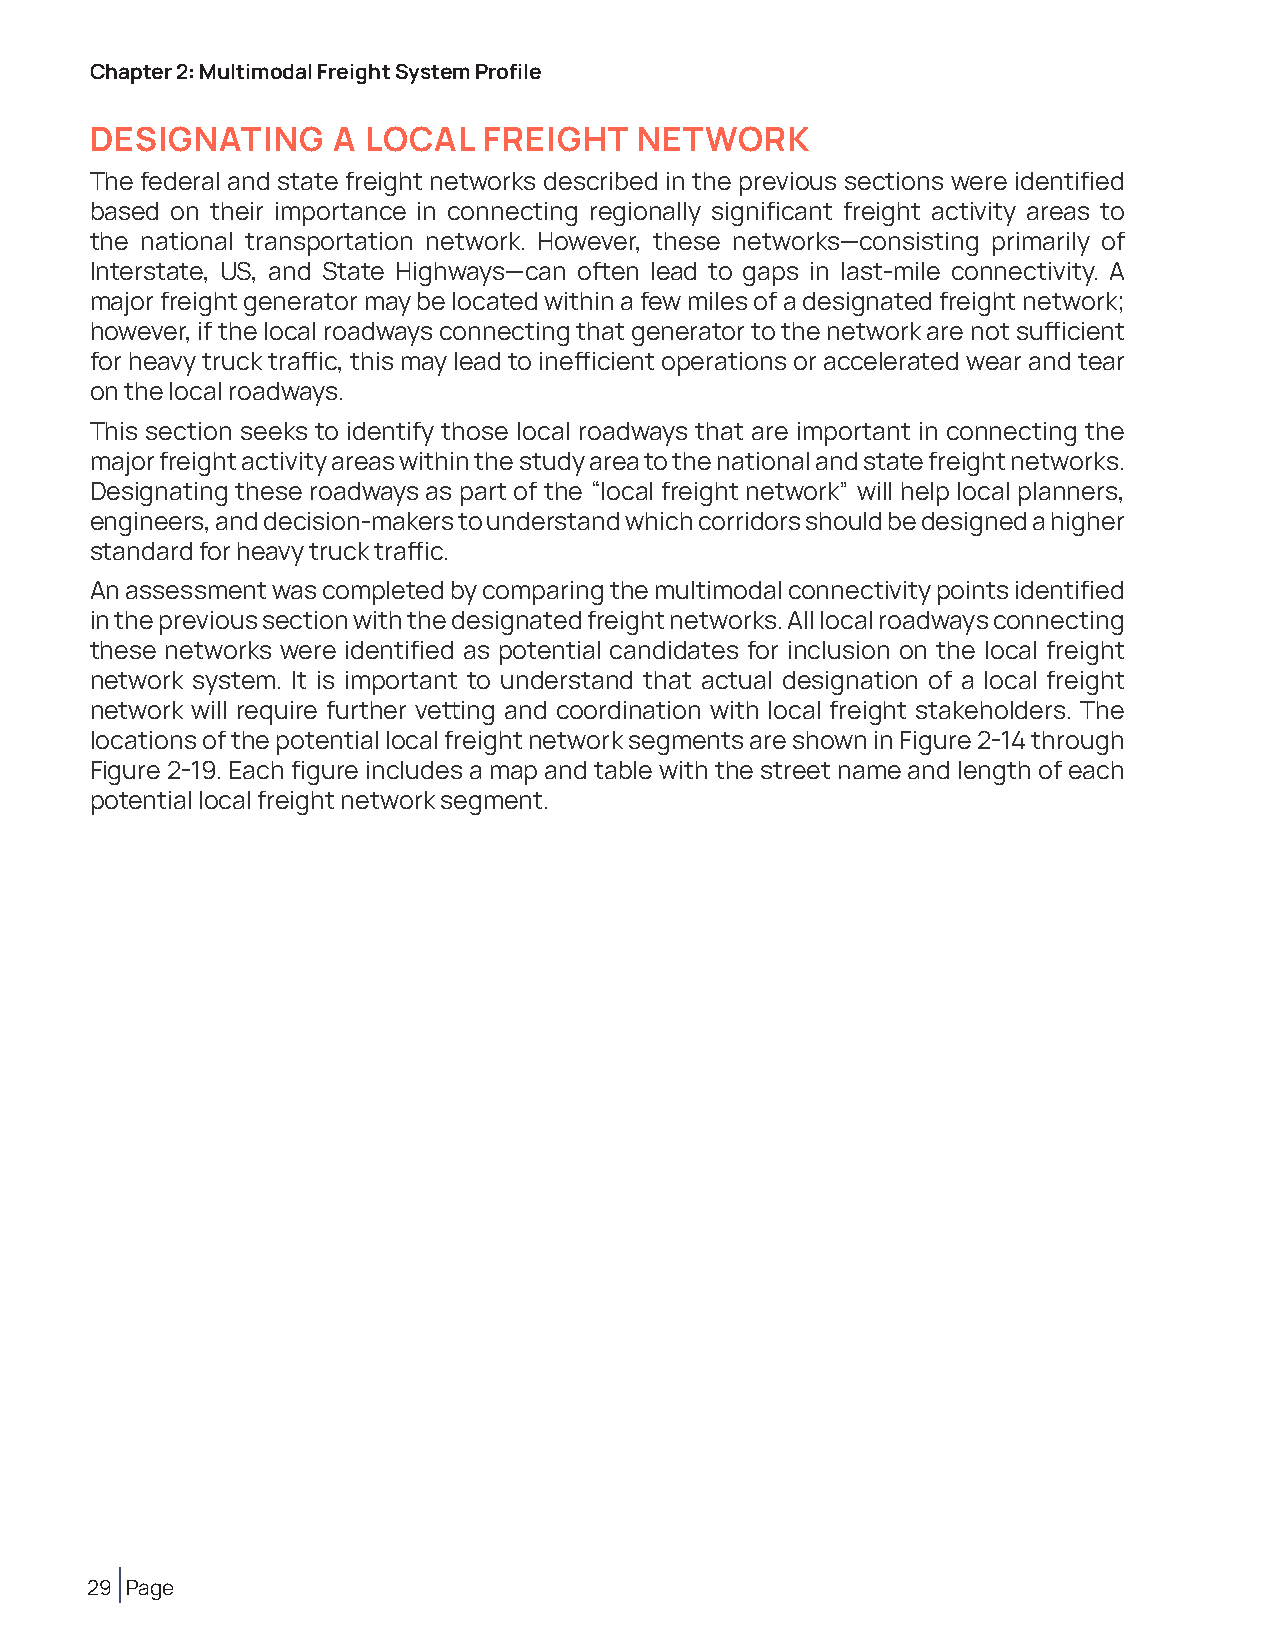
Chapter 2: Multimodal Freight System Profile
 DESIGNATING     A LOCAL   FREIGHT   NETWORK
 The federal and state freight networks described in the previous sections were identified
 based on their importance in connecting regionally significant freight activity areas to
 the national transportation network. However, these networks—consisting primarily of
 Interstate, US, and State Highways—can often lead to gaps in last-mile connectivity. A
 major freight generator may be located within a few miles of a designated freight network;
 however, if the local roadways connecting that generator to the network are not sufficient
 for heavy truck traffic, this may lead to inefficient operations or accelerated wear and tear
 on the local roadways.
 This section seeks to identify those local roadways that are important in connecting the
 major freight activity areas within the study area to the national and state freight networks.
 Designating these roadways as part of the “local freight network” will help local planners,
 engineers, and decision-makers to understand which corridors should be designed a higher
 standard for heavy truck traffic.
 An assessment was completed by comparing the multimodal connectivity points identified
 in the previous section with the designated freight networks. All local roadways connecting
 these networks were identified as potential candidates for inclusion on the local freight
 network system. It is important to understand that actual designation of a local freight
 network will require further vetting and coordination with local freight stakeholders. The
 locations of the potential local freight network segments are shown in Figure 2-14 through
 Figure 2-19. Each figure includes a map and table with the street name and length of each
 potential local freight network segment.
 29 Page